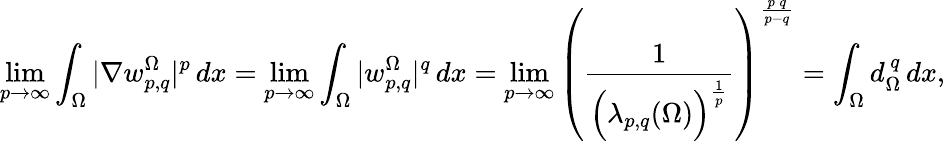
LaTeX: \operatorname*{lim}_{p\to\infty}\int_{\Omega}|\nabla w_{p,q}^{\Omega}|^{p}\, dx=\operatorname*{lim}_{p\to\infty}\int_{\Omega}|w_{p,q}^{\Omega}|^{q}\, dx=\operatorname*{lim}_{p\to\infty}\left(\frac{1}{\Big(\lambda_{p,q}(\Omega)\Big)^{\frac{1}{p}}}\right)^{\frac{p\, q}{p-q}}=\int_{\Omega}d_{\Omega}^{\, q}\, dx,